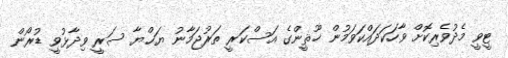
ޓީވީ މެދުވެރިކޮށް ވާހަކަދައްކަވަމުން ޚޫޘީންގެ އަސްކަރީ ތަރުޖަމާނު ޔަޙްޔާ ސަރީ ވިދާޅުވީ ޑުރޯން